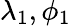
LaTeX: \lambda_{1},\phi_{1}